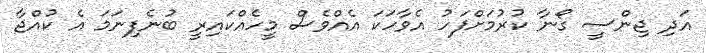
އަދި ޖިންސީ ގޯނާ ކުރުމަށްފަހު އެވާހަކަ އެއްވެސް މީހެއްކައިރީ ބުނެފިނަމަ އެ ކުއްޖާ